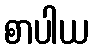
စာပါယ